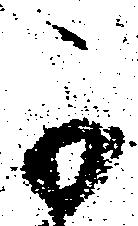
不